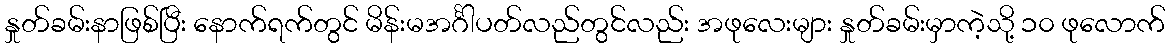
နှုတ်ခမ်းနာဖြစ်ပြီး နောက်ရက်တွင် မိန်းမအင်္ဂါပတ်လည်တွင်လည်း အဖုလေးများ နှုတ်ခမ်းမှာကဲ့သို့ ၁၀ ဖုလောက်